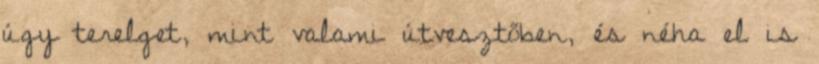
úgy terelget, mint valami útvesztőben, és néha el is